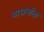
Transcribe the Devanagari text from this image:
घरखर्चाला